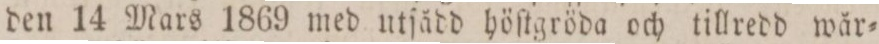
den 14 Mars 1869 med utſådd höſtgröda och tillredd wär=